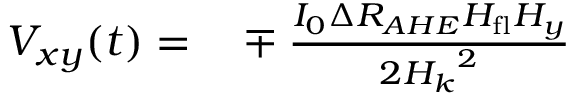
\begin{array} { r l } { V _ { x y } ( t ) = } & { { } \mp \frac { I _ { 0 } \Delta R _ { A H E } H _ { \mathrm { f l } } H _ { y } } { 2 { H _ { k } } ^ { 2 } } } \end{array}